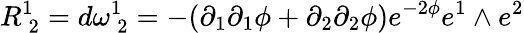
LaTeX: R_{\: 2}^{1}=d\omega_{\: 2}^{1}=-(\partial_{1}\partial_{1}\phi+\partial_{2}\partial_{2}\phi)e^{-2\phi}e^{1}\wedge e^{2}